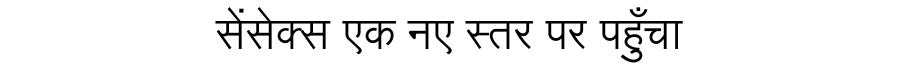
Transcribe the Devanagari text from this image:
सेंसेक्स एक नए स्तर पर पहुँचा